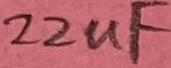
Text: 22uF